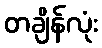
တချိန်လုံး